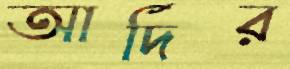
আর্দির